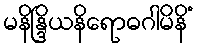
မနိန္ဒြိယနိရောဓဂါမိနိံ